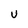
Character: U